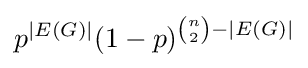
p^{|E(G)|}(1-p)^{{\binom {n}{2}}-|E(G)|}